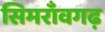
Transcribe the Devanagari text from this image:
सिमराँवगढ़